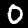
Digit: 0